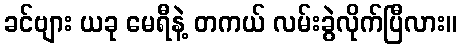
ခင်ဗျား ယခု မေရီနဲ့ တကယ် လမ်းခွဲလိုက်ပြီလား။